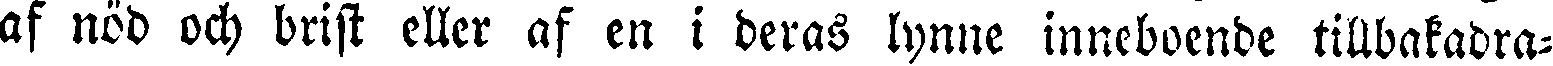
af nöd och brist eller af en i deras lynne inneboende tillbakadra-